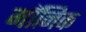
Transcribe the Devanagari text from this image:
मॉनिक